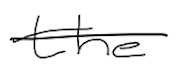
Text: the
Cross-out: single-line
Writing tool: digital_black